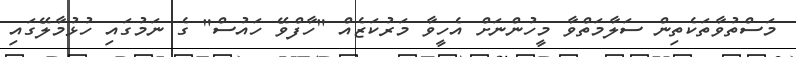
މަސްތުވާތަކެތިން ސަލާމަތްވާ މީހުންނަށް އެހީވާ މަރުކަޒެއް "ހާފްވޭ ހައުސް" ގެ ނަމުގައި ހުޅުމާލޭގައި